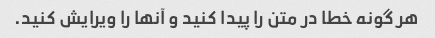
هر گونه خطا در متن را پیدا کنید و آنها را ویرایش کنید.